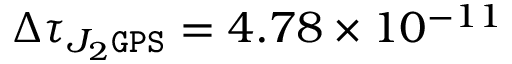
\Delta \tau _ { J _ { 2 } \tt G P S } = 4 . 7 8 \times 1 0 ^ { - 1 1 }